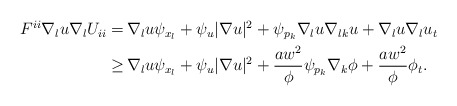
\begin{align*}\begin{aligned} F^{ii} \nabla_{l} u \nabla_l U_{ii} = \,& \nabla_{l} u \psi_{x_l} + \psi_u |\nabla u|^2 + \psi_{p_k} \nabla_{l} u \nabla_{lk} u + \nabla_l u \nabla_l u_t\\ \geq \,& \nabla_{l} u \psi_{x_l} + \psi_u |\nabla u|^2 + \frac{a w^2}{\phi} \psi_{p_k} \nabla_k \phi + \frac{a w^2}{\phi} \phi_t. \end{aligned}\end{align*}